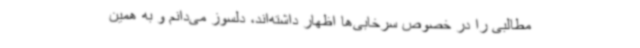
مطالبی را در خصوص سرخابی‌ها اظهار داشته‌اند، دلسوز می‌دانم و به همین